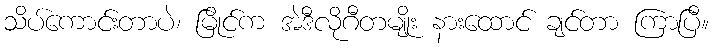
သိပ်ကောင်းတာပဲ၊ မြိုင်က အဲဒီလိုဂီတမျိုး နားထောင် ချင်တာ ကြာပြီ။